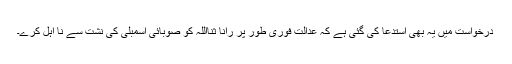
درخواست میں یہ بھی استدعا کی گئی ہے کہ عدالت فوری طور پر رانا ثنااللہ کو صوبائی اسمبلی کی نشت سے نا اہل کرے۔